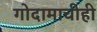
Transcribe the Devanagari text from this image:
गोदामाचीही